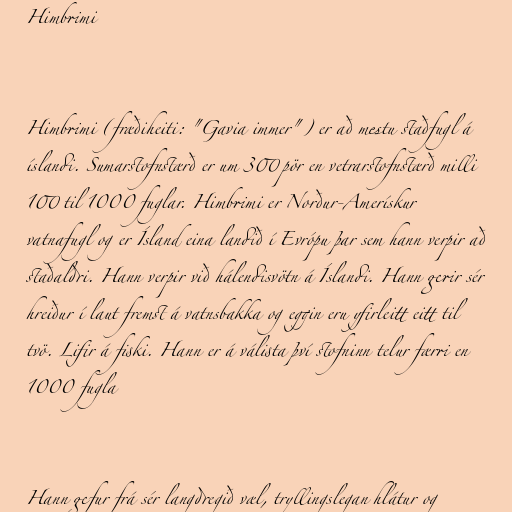
Himbrimi

Himbrimi (fræðiheiti: "Gavia immer") er að mestu staðfugl á
íslandi. Sumarstofnstærð er um 300 pör en vetrarstofnstærð milli
100 til 1000 fuglar. Himbrimi er Norður-Amerískur
vatnafugl og er Ísland eina landið í Evrópu þar sem hann verpir að
staðaldri. Hann verpir við hálendisvötn á Íslandi. Hann gerir sér
hreiður í laut fremst á vatnsbakka og eggin eru yfirleitt eitt til
tvö. Lifir á fiski. Hann er á válista því stofninn telur færri en
1000 fugla

Hann gefur frá sér langdregið væl, tryllingslegan hlátur og